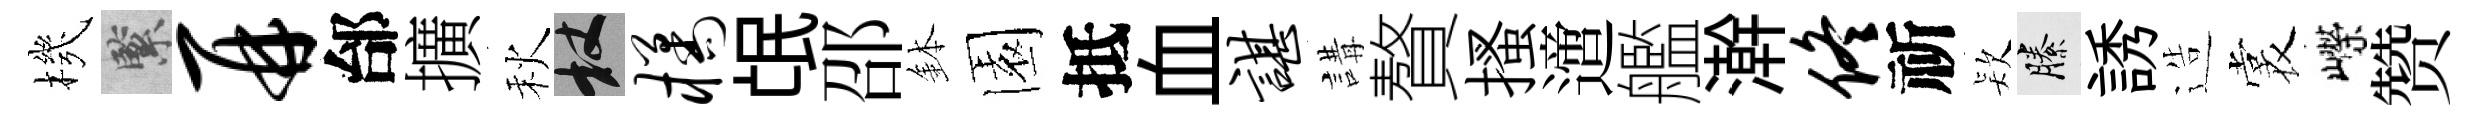
機緊再邰擴秋杖橘氓邵鉢園抵血谌講贅搔𨗁艦澣佟祈𣣇縢誘造裳嶸赞